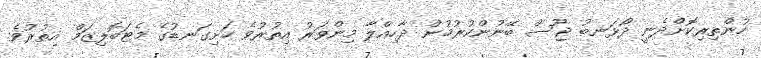
ހުންތިރިކޮށްދެނީ ދޯޅަނބު ޖޫސް ބޭނުންކުރުމުން ދާހިއްލާ މިންވަރު އިތުރުވެ ހަށިގަނޑުގެ މެޓަބޮލިޒަމް އިތުރުވެ